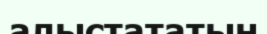
алыстататын